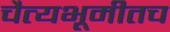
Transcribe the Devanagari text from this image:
चैत्यभूमीतच